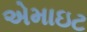
એમાઇટ